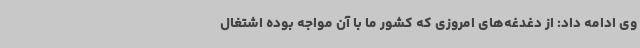
وی ادامه داد: از دغدغه‌های امروزی که کشور ما با آن مواجه بوده اشتغال